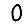
Digit: 0